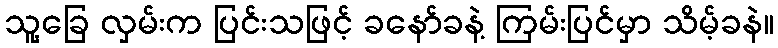
သူ့ခြေ လှမ်းက ပြင်းသဖြင့် ခနော်ခနဲ့ ကြမ်းပြင်မှာ သိမ့်ခနဲ။